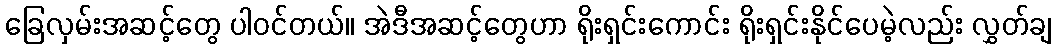
ခြေလှမ်းအဆင့်တွေ ပါဝင်တယ်။ အဲဒီအဆင့်တွေဟာ ရိုးရှင်းကောင်း ရိုးရှင်းနိုင်ပေမဲ့လည်း လွှတ်ချ